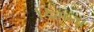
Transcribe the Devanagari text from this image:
डिमना